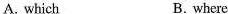
A. which B. where